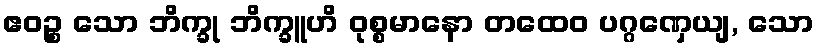
ဧဝဉ္စ သော ဘိက္ခု ဘိက္ခူဟိ ဝုစ္စမာနော တထေဝ ပဂ္ဂဏှေယျ, သော